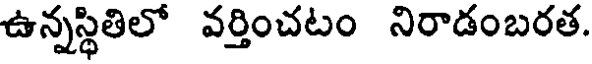
ఉన్నస్థితిలో వర్తించటం నిరాడంబరత.